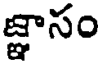
జ్ఞాసం